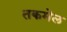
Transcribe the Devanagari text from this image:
तकमेल